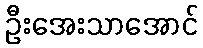
ဦးအေးသာအောင်